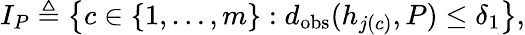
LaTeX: I_{P}\triangleq\left\{ c\in\{ 1,\dots,m\} :d_{\mathrm{obs}}(h_{j(c)},P)\leq\delta_{1}\right\} ,